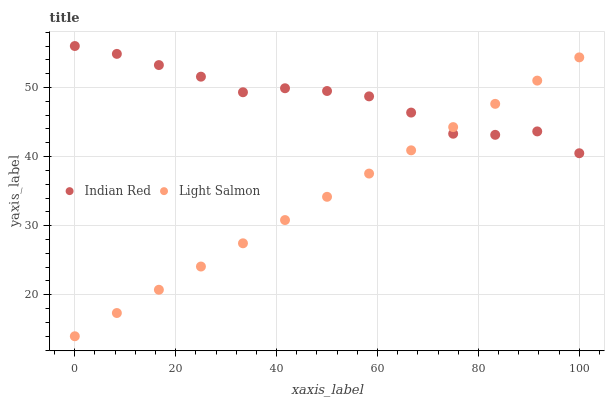
| xaxis_label | Indian Red | Light Salmon |
 | --- | --- | --- |
 | 0 | 56 | 14 |
 | 8.33 | 54.9 | 17.4 |
 | 16.7 | 53.2 | 20.7 |
 | 25 | 51.6 | 24.1 |
 | 33.3 | 49.3 | 27.5 |
 | 41.7 | 49.9 | 30.8 |
 | 50 | 49.5 | 34.2 |
 | 58.3 | 48.7 | 37.5 |
 | 66.7 | 46.4 | 40.9 |
 | 75 | 43.3 | 44.3 |
 | 83.3 | 43.1 | 47.6 |
 | 91.7 | 43.6 | 51 |
 | 100 | 40.5 | 54.4 |